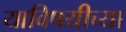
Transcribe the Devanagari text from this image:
याविषयीच्या